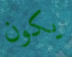
يكون